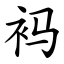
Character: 䘞